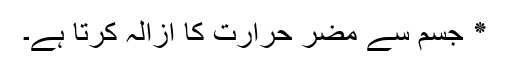
٭ جسم سے مُضِر حرارت کا ازالہ کرتا ہے۔